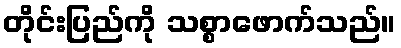
တိုင်းပြည်ကို သစ္စာဖောက်သည်။